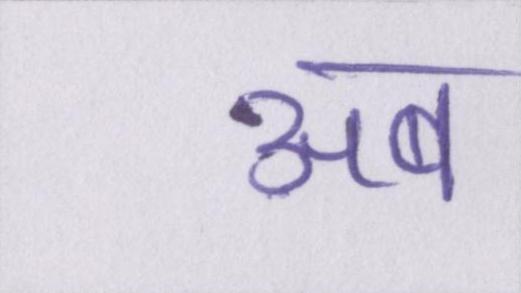
अब